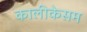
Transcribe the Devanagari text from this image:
कालीकेसम